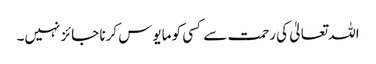
اللہ تعالیٰ کی رحمت سے کسی کو مایوس کرنا جائز نہیں۔